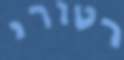
רטורי